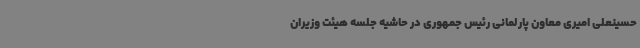
حسینعلی امیری معاون پارلمانی رئیس جمهوری در حاشیه جلسه هیئت وزیران